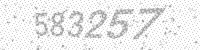
Solution: 583257